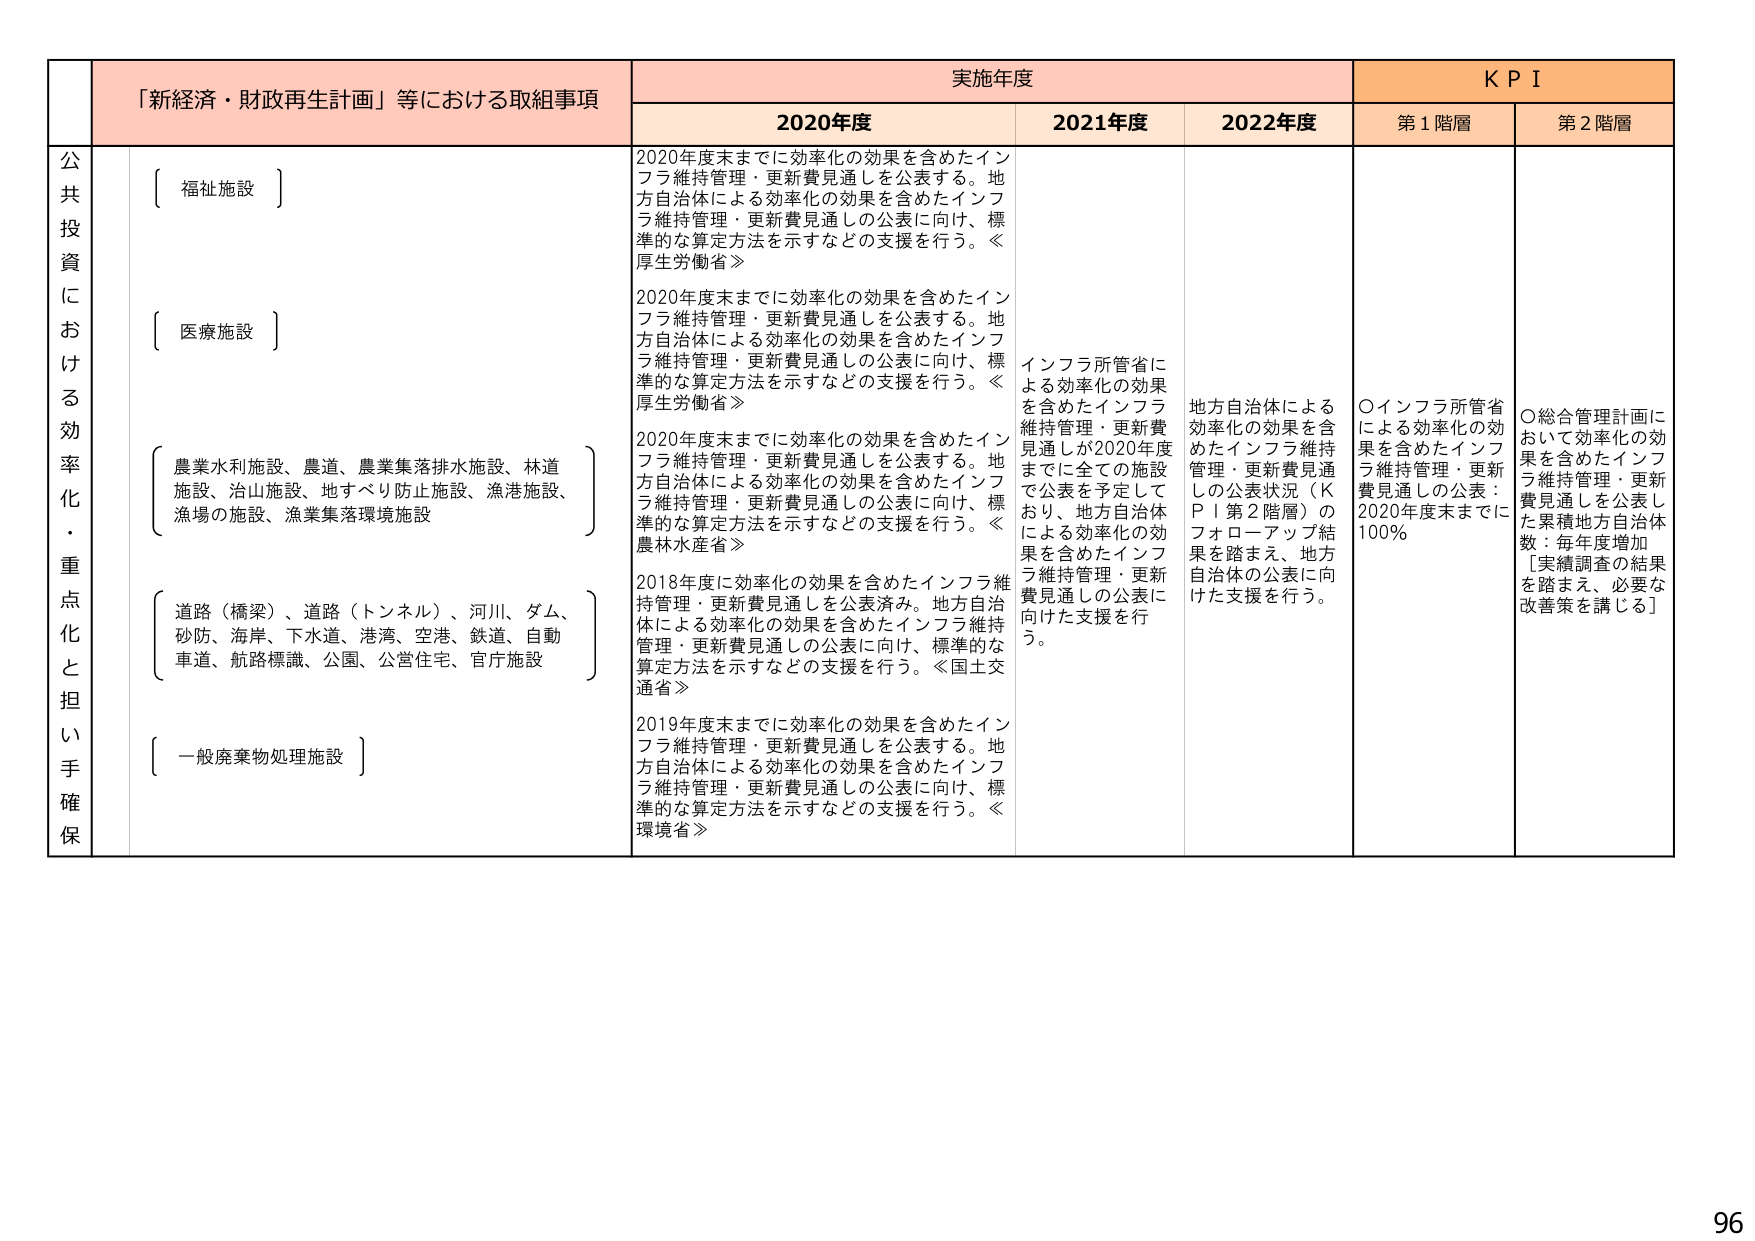
「新経済・財政再生計画」等における取組事項
実施年度
KPI

2020年度
2021年度
2022年度
第1階層
第2階層

公共投資における効率化・重点化と担い手確保

〔福祉施設〕
2020年度末までに効率化の効果を含めたインフラ維持管理・更新費見通しを公表する。地方自治体による効率化の効果を含めたインフラ維持管理・更新費見通しの公表に向け、標準的な算定方法を示すなどの支援を行う。≪厚生労働省≫

〔医療施設〕
2020年度末までに効率化の効果を含めたインフラ維持管理・更新費見通しを公表する。地方自治体による効率化の効果を含めたインフラ維持管理・更新費見通しの公表に向け、標準的な算定方法を示すなどの支援を行う。≪厚生労働省≫

〔農業水利施設、農道、農業集落排水施設、林道施設、治山施設、地すべり防止施設、漁港施設、漁場の施設、漁業集落環境施設〕
2020年度末までに効率化の効果を含めたインフラ維持管理・更新費見通しを公表する。地方自治体による効率化の効果を含めたインフラ維持管理・更新費見通しの公表に向け、標準的な算定方法を示すなどの支援を行う。≪農林水産省≫

〔道路（橋梁）、道路（トンネル）、河川、ダム、砂防、海岸、下水道、港湾、空港、鉄道、自動車道、航路標識、公園、公営住宅、官庁施設〕
2018年度に効率化の効果を含めたインフラ維持管理・更新費見通しを公表済み。地方自治体による効率化の効果を含めたインフラ維持管理・更新費見通しの公表に向け、標準的な算定方法を示すなどの支援を行う。≪国土交通省≫

〔一般廃棄物処理施設〕
2019年度末までに効率化の効果を含めたインフラ維持管理・更新費見通しを公表する。地方自治体による効率化の効果を含めたインフラ維持管理・更新費見通しの公表に向け、標準的な算定方法を示すなどの支援を行う。≪環境省≫

インフラ所管省による効率化の効果を含めたインフラ維持管理・更新費見通しが2020年度までに全ての施設で公表を予定しており、地方自治体による効率化の効果を含めたインフラ維持管理・更新費見通しの公表に向けた支援を行う。

地方自治体による効率化の効果を含めたインフラ維持管理・更新費見通しの公表状況（KPI第2階層）のフォローアップ結果を踏まえ、地方自治体の公表に向けた支援を行う。

〇インフラ所管省による効率化の効果を含めたインフラ維持管理・更新費見通しの公表：2020年度末までに100％

〇総合管理計画において効率化の効果を含めたインフラ維持管理・更新費見通しを公表した累積地方自治体数：毎年度増加
［実績調査の結果を踏まえ、必要な改善策を講じる］

96